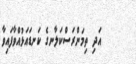
އަދި ތިމަންރަސްކަލާނގެ ކަނޑައަޅުއްވާފައިވާ